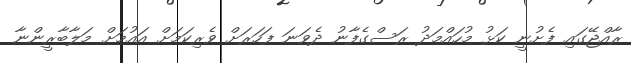
ރާއްޖޭގައި ފެށުނީ ކަޅު މުހައްމަދު ރަސްގެފާނު ދެވަނަ ފަހަރަށް ވެރިކަމަށް އައުމަށް މަލާބާރީންނާ